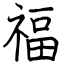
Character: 福